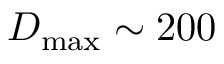
D _ { \mathrm { m a x } } \sim 2 0 0